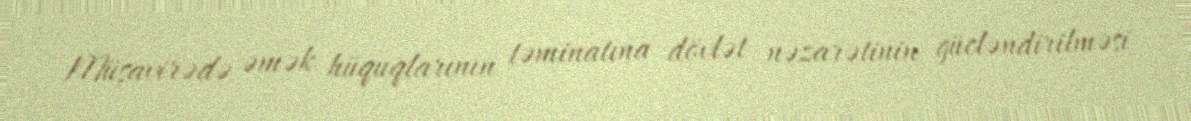
Müşavirədə əmək hüquqlarının təminatına dövlət nəzarətinin gücləndirilməsi